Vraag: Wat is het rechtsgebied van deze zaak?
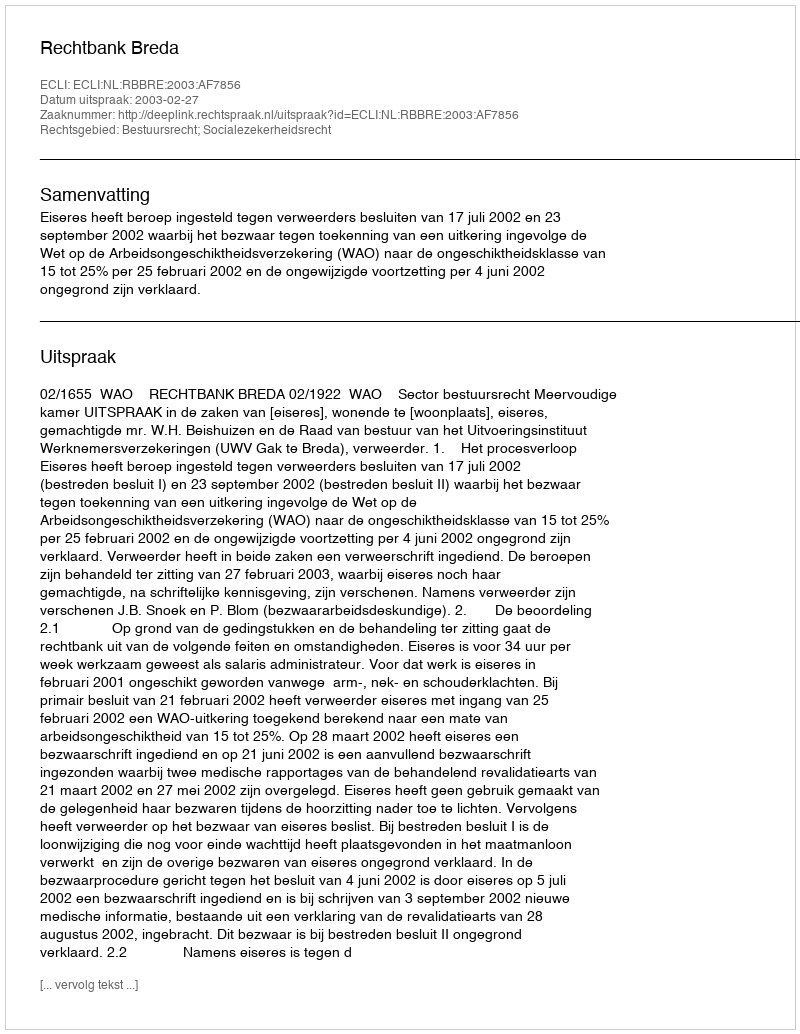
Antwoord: Bestuursrecht; Socialezekerheidsrecht